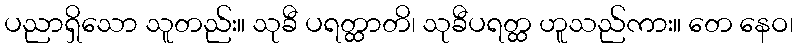
ပညာရှိသော သူတည်း။ သုခီ ပရတ္ထာတိ၊ သုခီပရတ္ထ ဟူသည်ကား။ တေ နေဝ၊